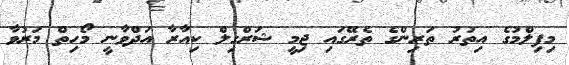
މިފިލްމުގެ އިތުރު ތަރިންގެ ތެރޭގައި ޖިމީ ޝަރްގިލް ކިއާރާ އަދްވާނީ މޯހިތް މަރުވާ